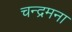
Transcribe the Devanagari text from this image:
चन्द्रमना